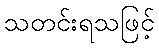
သတင်းရသဖြင့်